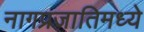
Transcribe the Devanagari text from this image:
नागप्रजातिमध्ये